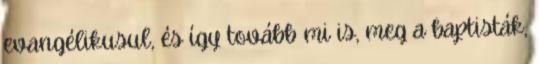
evangélikusul, és így tovább mi is, meg a baptisták,